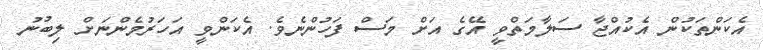
އެކަންތަކުން އެކުއްޖާ ސަލާމަތްވީ އޭގެ އަށް މަސް ފަހުންނެވެ. އެކަންވީ އަހަރުމެންނަށް ލިބުނު